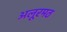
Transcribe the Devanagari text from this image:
अलूरमठ